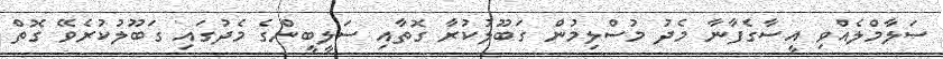
ސަލާމްލެއްވި އީސާގެފާނާ މެދު މުސްލިމުން ގަބޫލުކުރާ ގޮތާއި ސަލީބީންގެ މެދުގައި ގަބޫލުކުރެވޭ ގޮތް